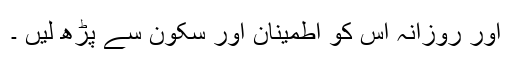
اور روزانہ اس کو اطمینان اور سکون سے پڑھ لیں ۔